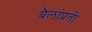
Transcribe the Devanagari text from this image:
बैलांप्रती